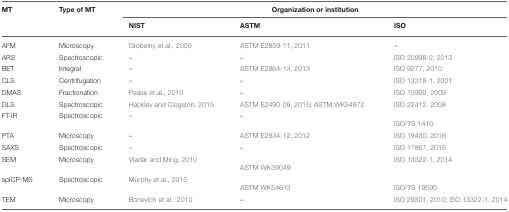
<table><thead><tr><td><b>MT</b></td><td><b>Type of MT</b></td><td colspan="3"><b>Organization or institution</b></td></tr><tr><td></td><td></td><td><b>NIST</b></td><td><b>ASTM</b></td><td><b>ISO</b></td></tr></thead><tbody><tr><td>AFM</td><td>Microscopy</td><td>Grobelny et al., 2009</td><td>ASTM E2859-11, 2011</td><td>–</td></tr><tr><td>ARS</td><td>Spectroscopic</td><td>–</td><td>–</td><td>ISO 20998-2, 2013</td></tr><tr><td>BET</td><td>Integral</td><td>–</td><td>ASTM E2864-13, 2013</td><td>ISO 9277, 2010</td></tr><tr><td>CLS</td><td>Centrifugation</td><td>–</td><td>–</td><td>ISO 13318-1, 2001</td></tr><tr><td>DMAS</td><td>Fractionation</td><td>Pease et al., 2010</td><td>–</td><td>ISO 15900, 2009</td></tr><tr><td>DLS</td><td>Spectroscopic</td><td>Hackley and Clogston, 2015</td><td>ASTM E2490-09, 2015; ASTM WK54872</td><td>ISO 22412, 2008</td></tr><tr><td>FT-IR</td><td>Spectroscopic</td><td>–</td><td>–</td><td>ISO/TS 1410</td></tr><tr><td>PTA</td><td>Microscopy</td><td>–</td><td>ASTM E2834-12, 2012</td><td>ISO 19430, 2016</td></tr><tr><td>SAXS</td><td>Spectroscopic</td><td>–</td><td>–</td><td>ISO 17867, 2015</td></tr><tr><td>SEM</td><td>Microscopy</td><td>Vladár and Ming, 2010</td><td>ASTM WK39049</td><td>ISO 13322-1, 2014</td></tr><tr><td>spICP-MS</td><td>Spectroscopic</td><td>Murphy et al., 2015</td><td>ASTM WK54613</td><td>ISO/TS 19590</td></tr><tr><td>TEM</td><td>Microscopy</td><td>Bonevich et al., 2010</td><td>–</td><td>ISO 29301, 2010; ISO 13322-1, 2014</td></tr></tbody></table>